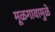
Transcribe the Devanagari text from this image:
मूळगावामुळे